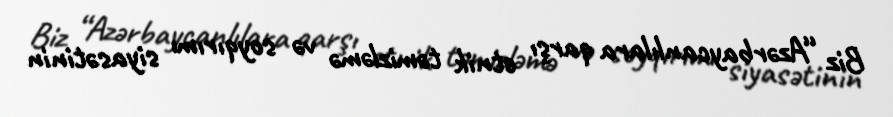
Biz “Azərbaycanlılara qarşı etnik təmizləmə və soyqırımı siyasətinin